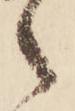
之